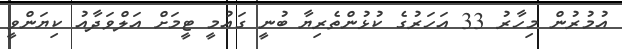
އުމުރުން މިހާރު 33 އަހަރުގެ ކުޅުންތެރިޔާ ބުނީ ގައުމީ ޓީމަށް އަލްވަދާއު ކިޔަންވީ